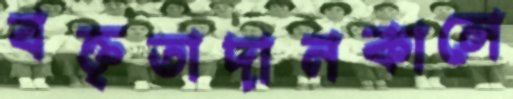
বক্তৃতাদানকালে